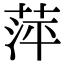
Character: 萍